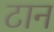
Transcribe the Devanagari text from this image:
टान